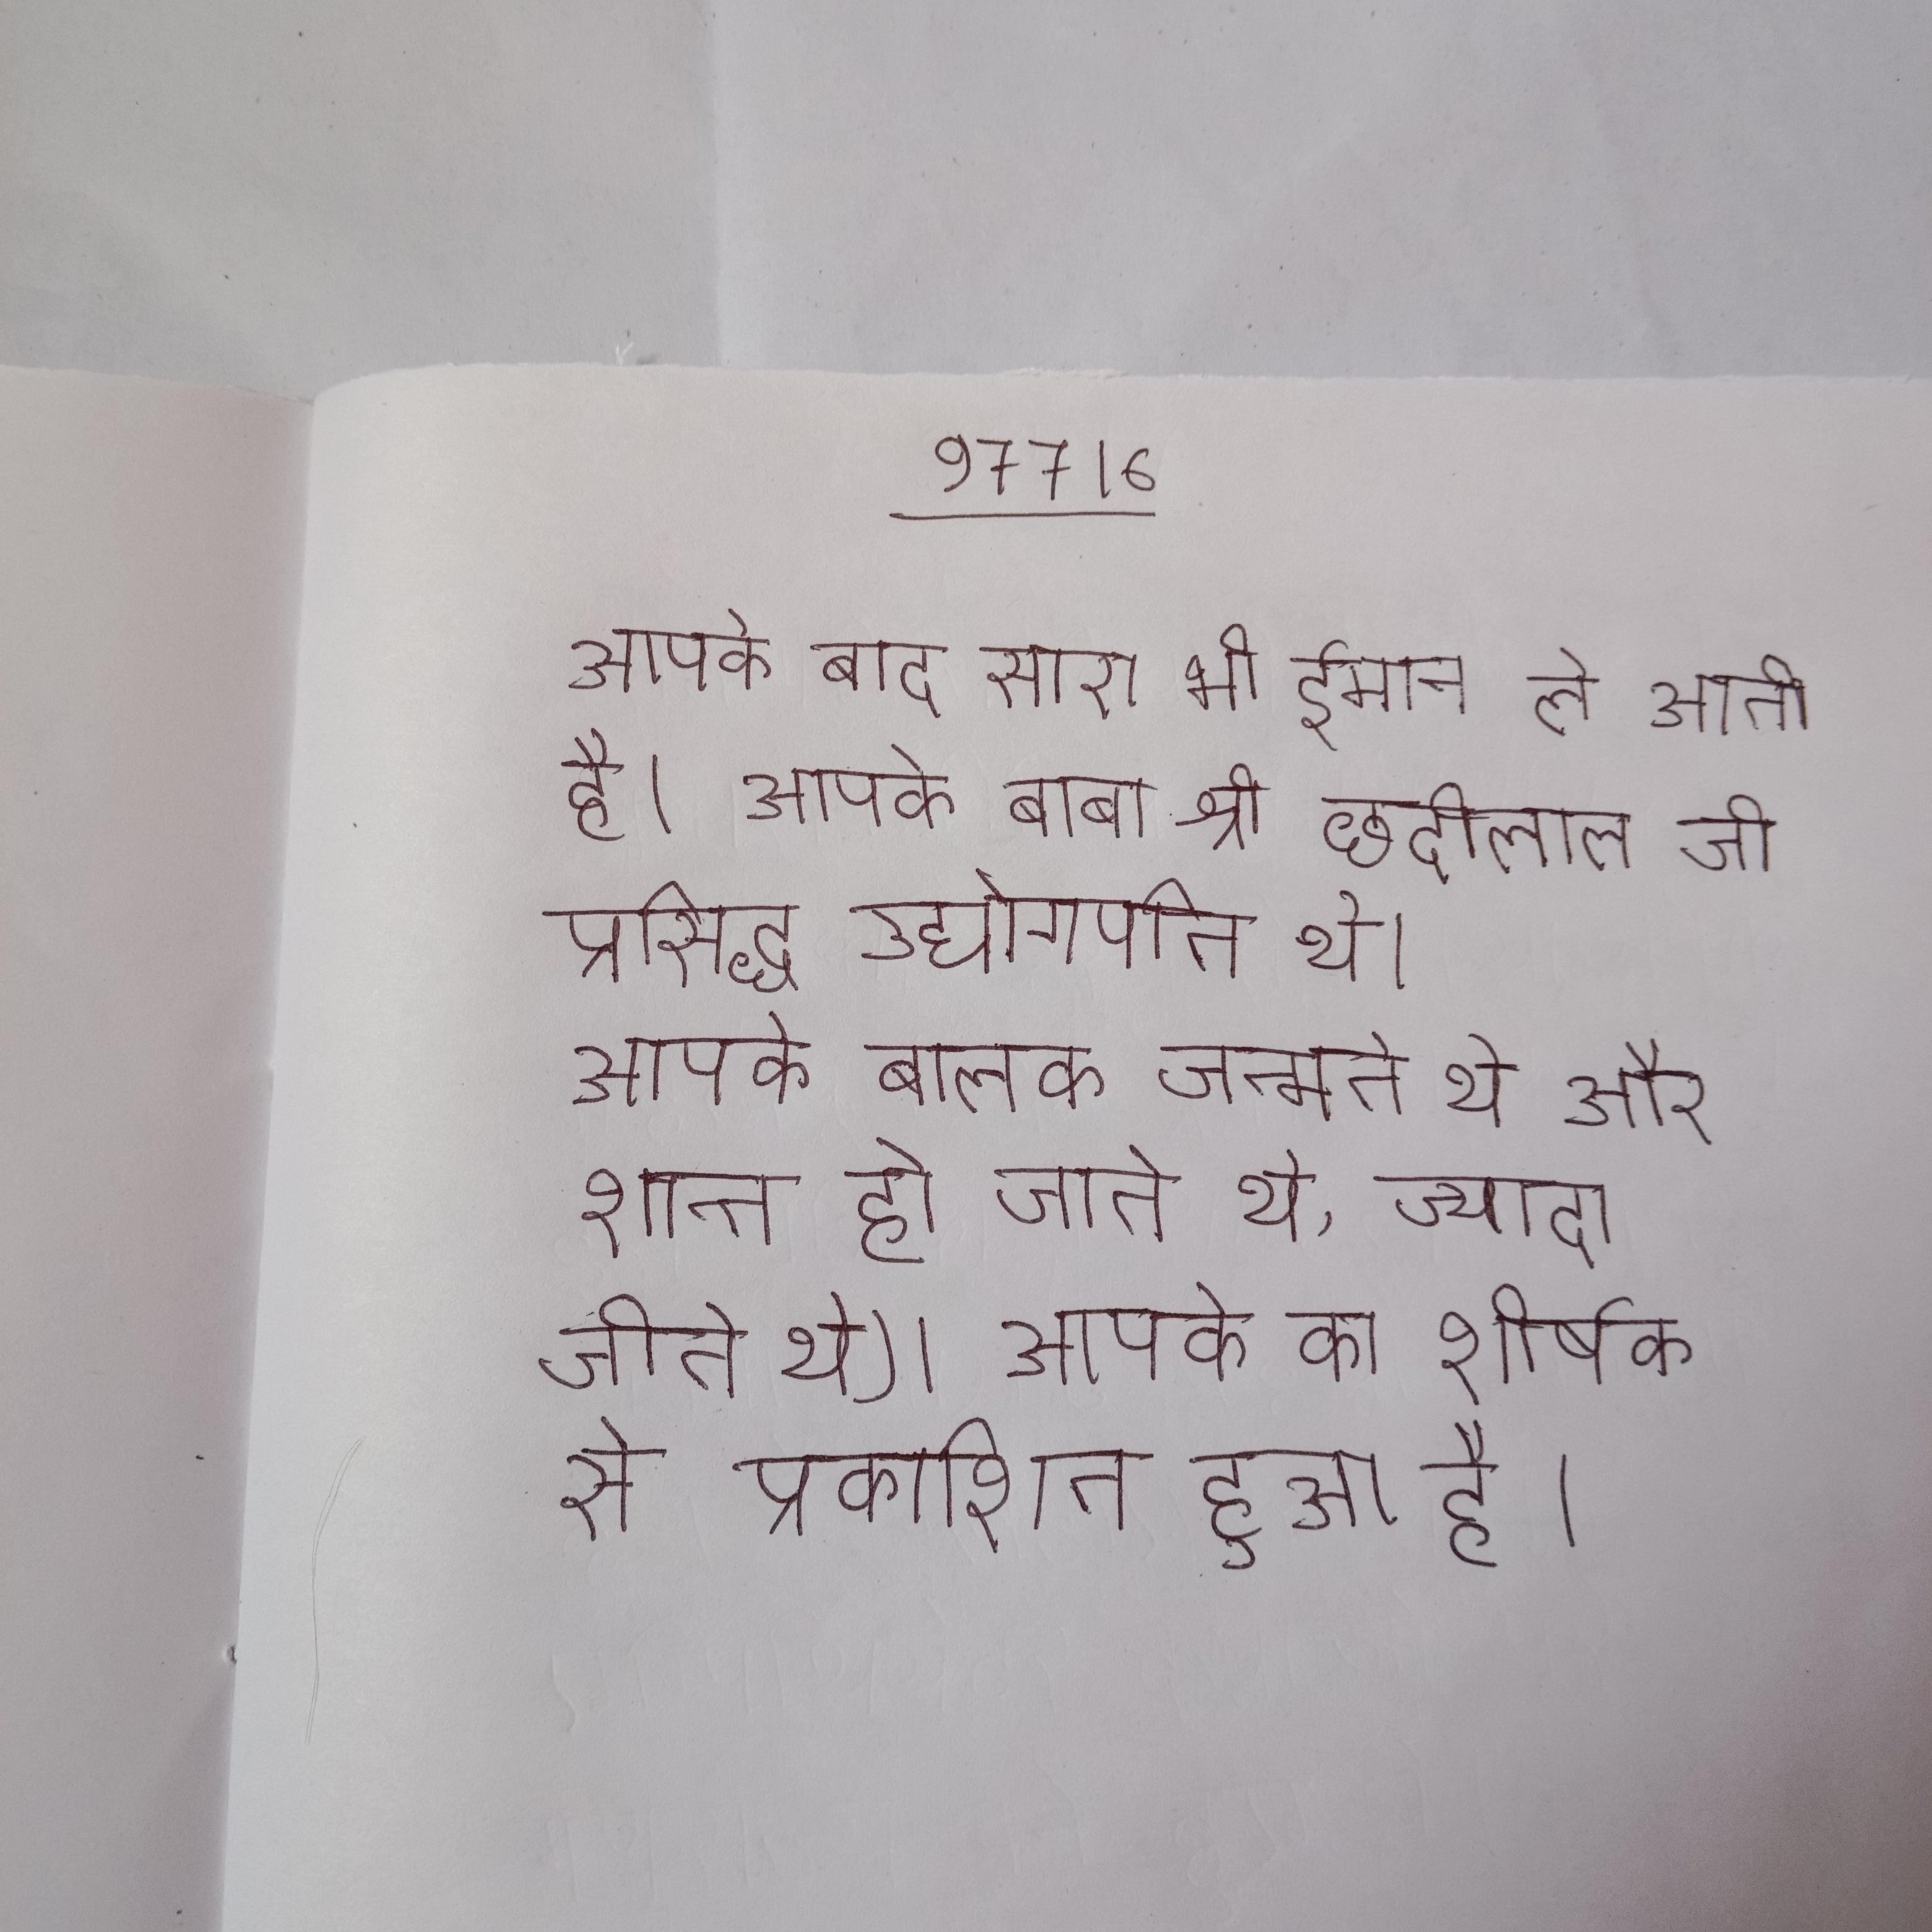
आपके बाद सारा भी ईमान ले आती है । आपके बाबा श्री छेदीलाल जी प्रसिद्ध उद्योगपति थे । आपके बालक जन्मते थे और शान्त हो जाते थे,ज्यादा जीते थे) । आपके का शीर्षक से यूनिवर्सिटी प्रेस, से प्रकाशित हुआ है ।